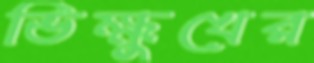
ভিক্ষুখের